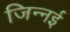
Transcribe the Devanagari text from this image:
जिन्नई